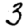
Digit: 3